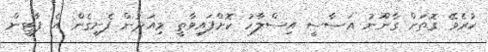
ކުރެވޭ ގޮތަށް ގާނޫނު އަސާސީ އިސްލާހު ކޮށްފައިވާތީ މިއަދުން ފެށިގެން އެ ޕާޓީން